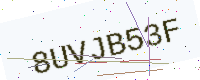
Text: 8UVJB53F